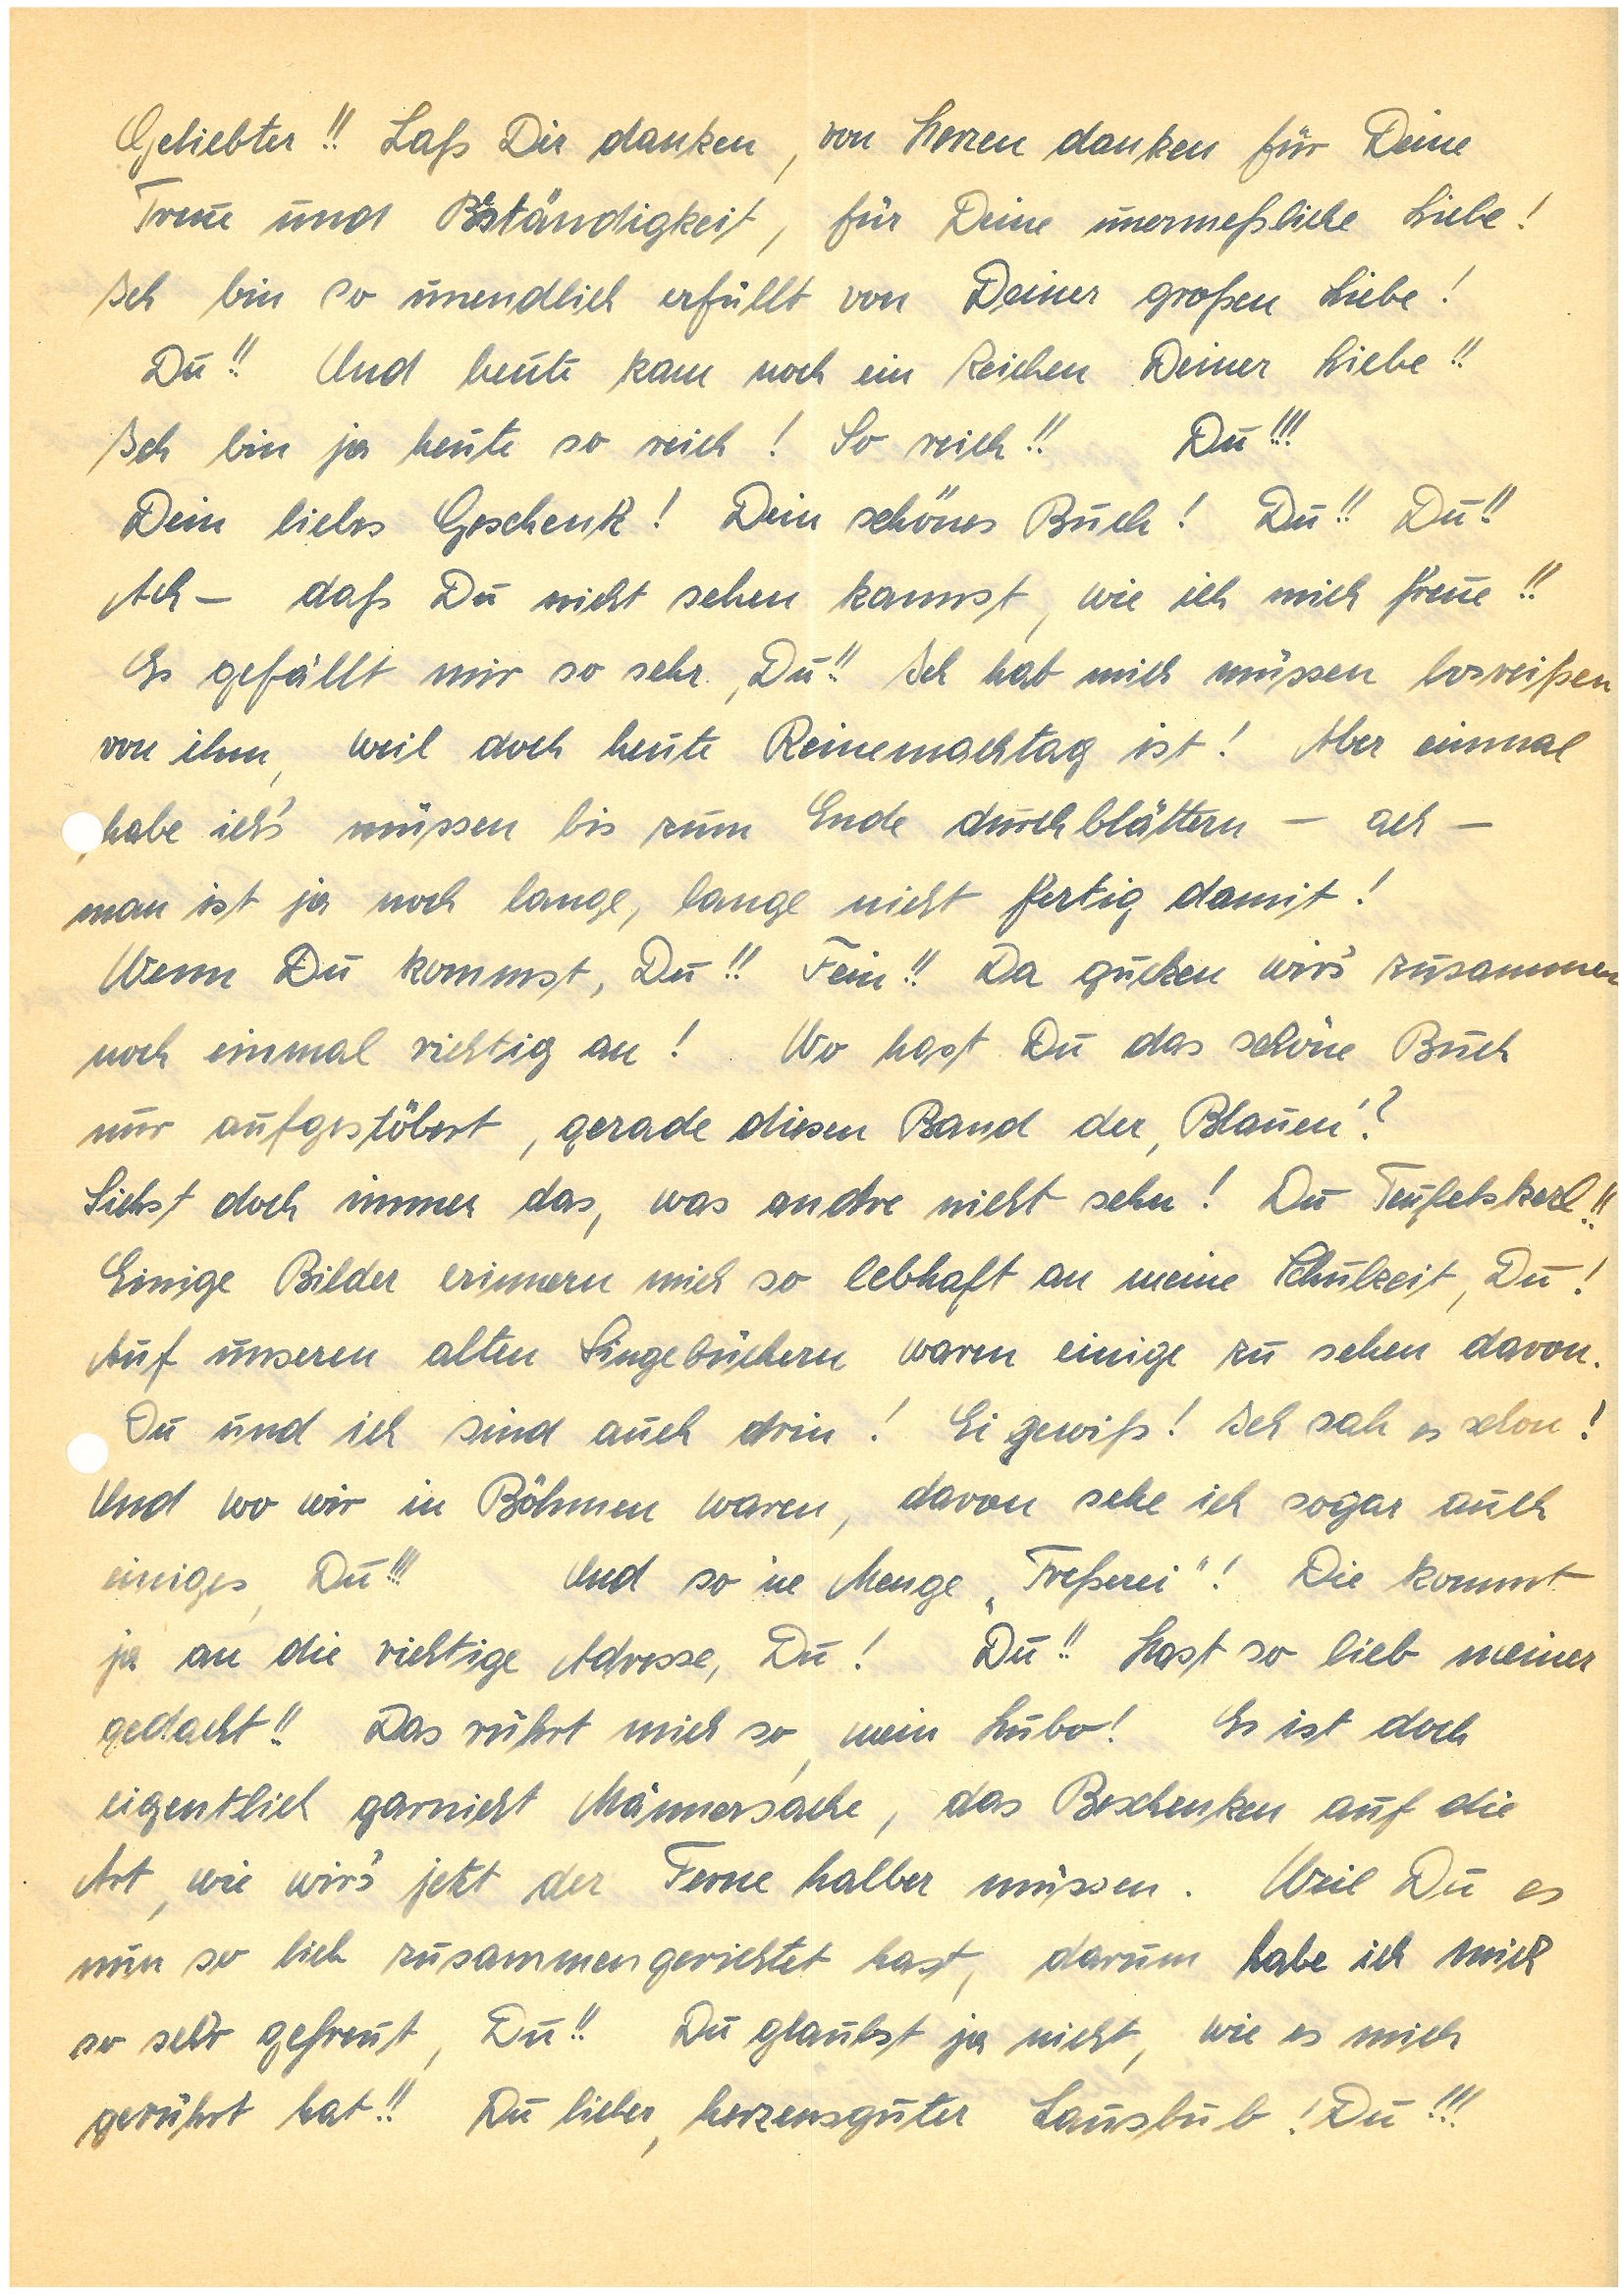
Geliebter!! Laß Dir danken, von Herzen danken für Deine
Treue und Beständigkeit, für Deine unermeßliche Liebe!
Ich bin so unendlich erfüllt von Deiner großen Liebe!
Du!! Und heute kam noch ein Zeichen Deiner Liebe!!
Ich bin ja heute so reich! So reich!! Du!!!
Dein liebes Geschenk! Dein schönes Buch! Du! Du!!
Ach – daß Du nicht sehen kannst, wie ich mich freue!!
Es gefällt mir so sehr, Du!! Ich hab mich müssen losreißen
von ihm, weil doch heute Reinemachtag ist! Aber einmal
habe ich’s müssen bis zum Ende durchblättern – ach –
man ist ja noch lange, lange nicht fertig damit!
Wenn Du kommst, Du!! Fein!! Da gucken wir’s zusammen
noch einmal richtig an! Wo hast Du das schöne Buch
nur aufgestöbert, gerade diesen Band der ,Blauen’?
Siehst doch immer das, was andre nicht sehen! Du Teufelskerl!!
Einige Bilder erinnern mich so lebhaft an meine Schulzeit, Du!
Auf unseren alten Singebüchern waren einige zu sehen davon.
Du und ich sind auch drin! Ei gewiß! Ich sah es schon!
Und wo wir in Böhmen waren, davon sehe ich sogar auch
einiges, Du!!! Und so ‘ne Menge „Freßerei”! Die kommt
ja an die richtige Adresse, Du! Du!! Hast so lieb meiner
gedacht!! Das rührt mich so, mein Hubo! Es ist doch
eigentlich gar nicht Männersache, das Beschenken auf die
Art, wie wir’s jetzt der Ferne halber müssen. Weil Du es
nun so lieb zusammengerichtet hast, darum habe ich mich
so sehr gefreut, Du!! Du glaubst ja nicht, wie es mich
gerührt hat!! Du lieber, herzensguter Lausbub! Du!!!